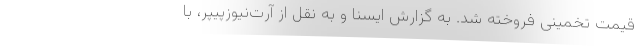
قیمت تخمینی فروخته شد. به گزارش ایسنا و به نقل از آرت‌نیوزپیپر، با